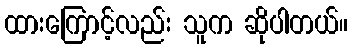
ထားကြောင့်လည်း သူက ဆိုပါတယ်။